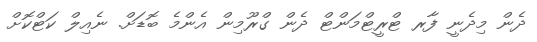
ދެން މިދެނީ ފާރ ޓްރީޓްމަންޓް ދެން ގްރޫމިން އެންމެ ބޮޑަށް. ނެއިލް ކަޓްކޮށް